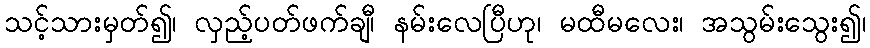
သင့်သားမှတ်၍၊ လှည့်ပတ်ဖက်ချီ၊ နမ်းလေပြီဟု၊ မထီမလေး၊ အသွမ်းသွေး၍၊